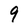
Character: 9